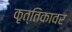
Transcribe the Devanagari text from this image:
कृत्तिकावर